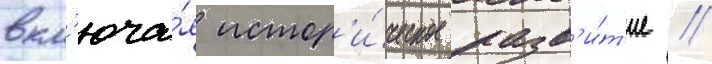
вкл'юча́я истор'и́ческое разв'и́т'ие /